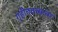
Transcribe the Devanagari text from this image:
गृहीततत्त्वावर